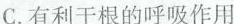
C.有利于根的呼吸作用